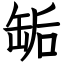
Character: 缿